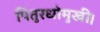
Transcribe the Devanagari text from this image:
पितुरधोमुखी।